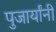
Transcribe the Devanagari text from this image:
पुजार्यांनी